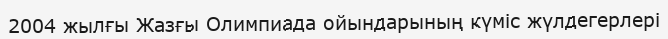
2004 жылғы Жазғы Олимпиада ойындарының күміс жүлдегерлері